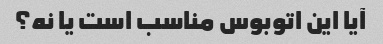
آیا این اتوبوس مناسب است یا نه؟